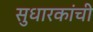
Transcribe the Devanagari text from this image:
सुधारकांची